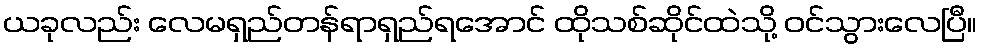
ယခုလည်း လေမရှည်တန်ရာရှည်ရအောင် ထိုသစ်ဆိုင်ထဲသို့ ဝင်သွားလေပြီ။